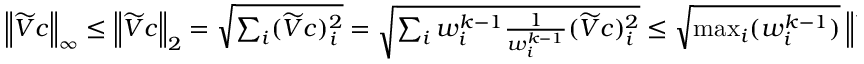
\begin{array} { r } { \left\lVert \widetilde { V } c \right\rVert _ { \infty } \leq \left\lVert \widetilde { V } c \right\rVert _ { 2 } = \sqrt { \sum _ { i } ( \widetilde { V } c ) _ { i } ^ { 2 } } = \sqrt { \sum _ { i } w _ { i } ^ { k - 1 } \frac { 1 } { w _ { i } ^ { k - 1 } } ( \widetilde { V } c ) _ { i } ^ { 2 } } \leq \sqrt { \operatorname* { m a x } _ { i } ( w _ { i } ^ { k - 1 } ) } \left\lVert \widetilde { V } c \right\rVert _ { w ^ { k - 1 } } \leq \gamma , } \end{array}